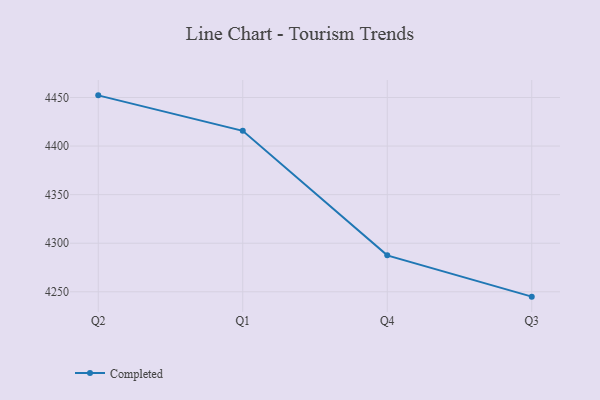
{"axis": {"x": "Quarter", "y": "Satisfaction Score"}, "legend": ["Completed"], "data": [{"x": "Q2", "y": 4452.2, "type": "Completed"}, {"x": "Q1", "y": 4415.7, "type": "Completed"}, {"x": "Q4", "y": 4287.5, "type": "Completed"}, {"x": "Q3", "y": 4245.0, "type": "Completed"}]}